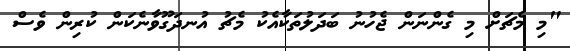
"މި މެޗަށް މި ގެންނަން ޖެހުނު ބަދަލުތަކާއެކު މެޗު އުނދަގޫވާނެކަން ކުރިން ވެސް